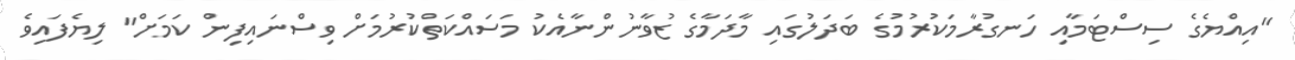
"އިއްޔެގެ ސިސްޓަމާއި ހަނގުރާމަކުރުމުގެ ބަދަލުގައި މާދަމާގެ ޒުވާނުންނާއެކު މަސައްކަތްކުރުމަށް ވިސްނައިފިން ކަމަށް" ލިޔެފައިވެ